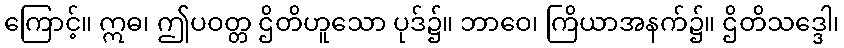
ကြောင့်။ ဣဓ၊ ဤပဝတ္တ ဌိတိဟူသော ပုဒ်၌။ ဘာဝေ၊ ကြိယာအနက်၌။ ဌိတိသဒ္ဒေါ၊